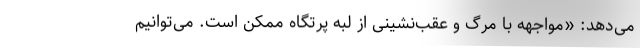
می‌دهد: «مواجهه با مرگ و عقب‌نشینی از لبه پرتگاه ممکن است. می‌توانیم